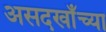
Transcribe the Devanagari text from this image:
असदखाँच्या